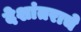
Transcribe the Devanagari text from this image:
देशांतराचे